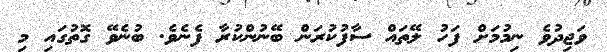
ވަޖިދުވެ ނިމުމަށް ފަހު ލޭތައް ސާފުކުރަން ބޭނުންކުރާ ފެނެވެ. ބުނެވޭ ގޮތުގައި މި